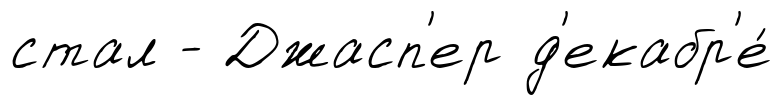
стал - Джасп'ер д'екабр'е́